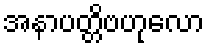
အနာပတ္တိဗဟုလော